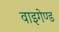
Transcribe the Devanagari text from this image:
वाइगेण्ड